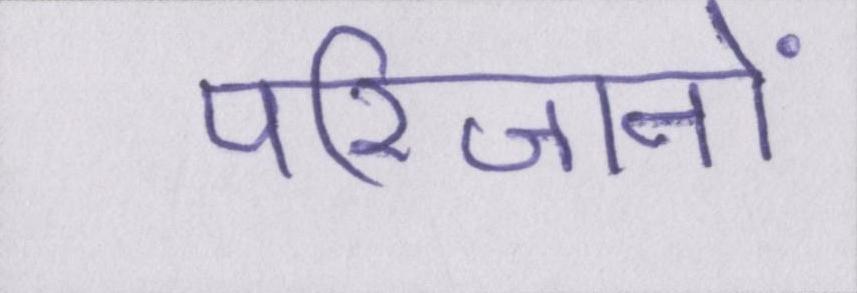
परिजनों